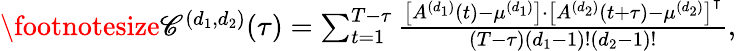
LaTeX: \begin{array}{r}{\footnotesize\mathscr{C}^{(d_{1},d_{2})}(\tau)=\sum_{t=1}^{T-\tau}\frac{\left[A^{(d_{1})}(t)-\mu^{(d_{1})}\right]\cdot\left[A^{(d_{2})}(t+\tau)-\mu^{(d_{2})}\right]^{\intercal}}{(T-\tau)(d_{1}-1)!(d_{2}-1)!},}\end{array}